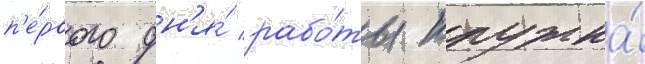
п'е́рвого дн'я́ рабо́ты кружка́